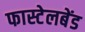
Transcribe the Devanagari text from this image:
फास्टेलबेंड